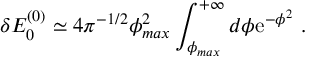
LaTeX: \delta E _ { 0 } ^ { ( 0 ) } \simeq 4 \pi ^ { - 1 / 2 } \phi _ { m a x } ^ { 2 } \int _ { \phi _ { m a x } } ^ { + \infty } d \phi \mathrm { e } ^ { - \phi ^ { 2 } } \ .